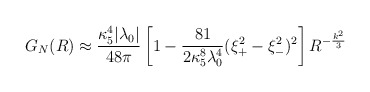
\begin{align*}G_{N}(R)\approx {\kappa_{5}^4|\lambda_{0}|\over 48\pi}\left[1-{81\over 2\kappa_{5}^8\lambda_{0}^4}(\xi_{+}^2-\xi_{-}^2)^2\right]R^{-\frac{k^2}{3}}\end{align*}